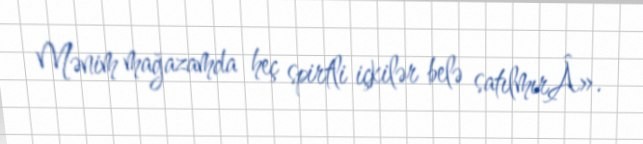
Mənim mağazamda heç spirtli içkilər belə satılmırÂ».